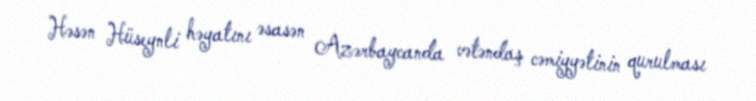
Həsən Hüseynli həyatını əsasən Azərbaycanda vətəndaş cəmiyyətinin qurulması